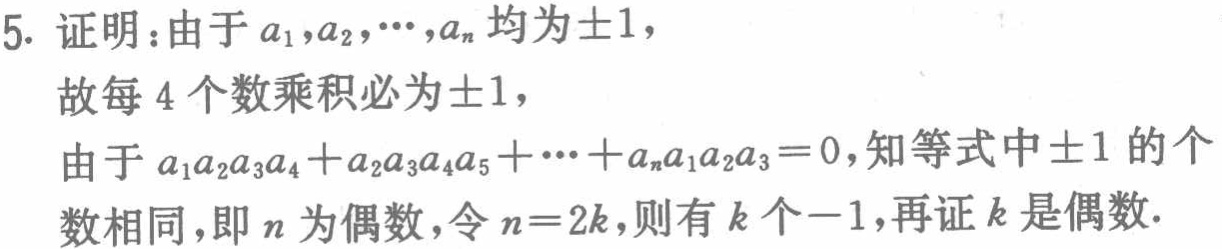
5. 证明：由于\(a_{1},a_{2},\cdots,a_{n}\)均为\(\pm1\)，

故每\(4\)个数乘积必为\(\pm1\)，

由于\(a_{1}a_{2}a_{3}a_{4}+a_{2}a_{3}a_{4}a_{5}+\cdots+a_{n}a_{1}a_{2}a_{3}=0\)，知等式中\(\pm1\)的个

数相同，即\(n\)为偶数，令\(n = 2k\)，则有\(k\)个\(-1\)，再证\(k\)是偶数.